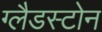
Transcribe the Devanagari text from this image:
ग्‍लैडस्‍टोन